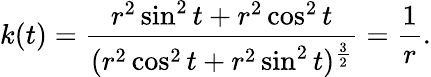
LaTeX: k(t)={\frac{r^{2}\sin^{2}t+r^{2}\cos^{2}t}{(r^{2}\cos^{2}t+r^{2}\sin^{2}t)^{\frac{3}{2}}}}={\frac{1}{r}}.